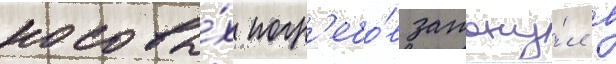
носовы́х погр'ебо́в затону́л в